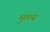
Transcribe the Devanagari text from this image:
भुलथ